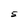
Character: S